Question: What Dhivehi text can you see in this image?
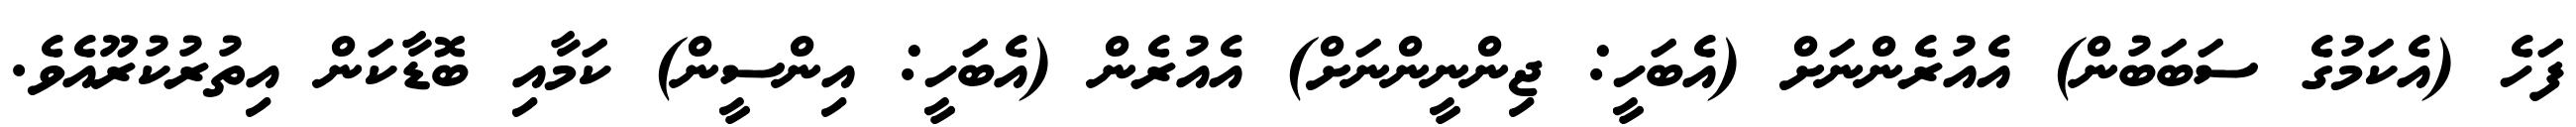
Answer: ފަހެ (އެކަމުގެ ސަބަބުން) އެއުރެންނަށް (އެބަހީ: ޖިންނީންނަށް) އެއުރެން (އެބަހީ: އިންސީން) ކަމާއި ބޮޑާކަން އިތުރުކުރޫއެވެ.